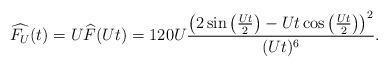
LaTeX: \begin{align*}\widehat{F_U}(t)=U\widehat F(Ut) =120U\frac{\big(2\sin\big(\frac{Ut}2\big)-Ut\cos\big(\frac{Ut}2\big)\big)^2}{(Ut)^6}.\end{align*}